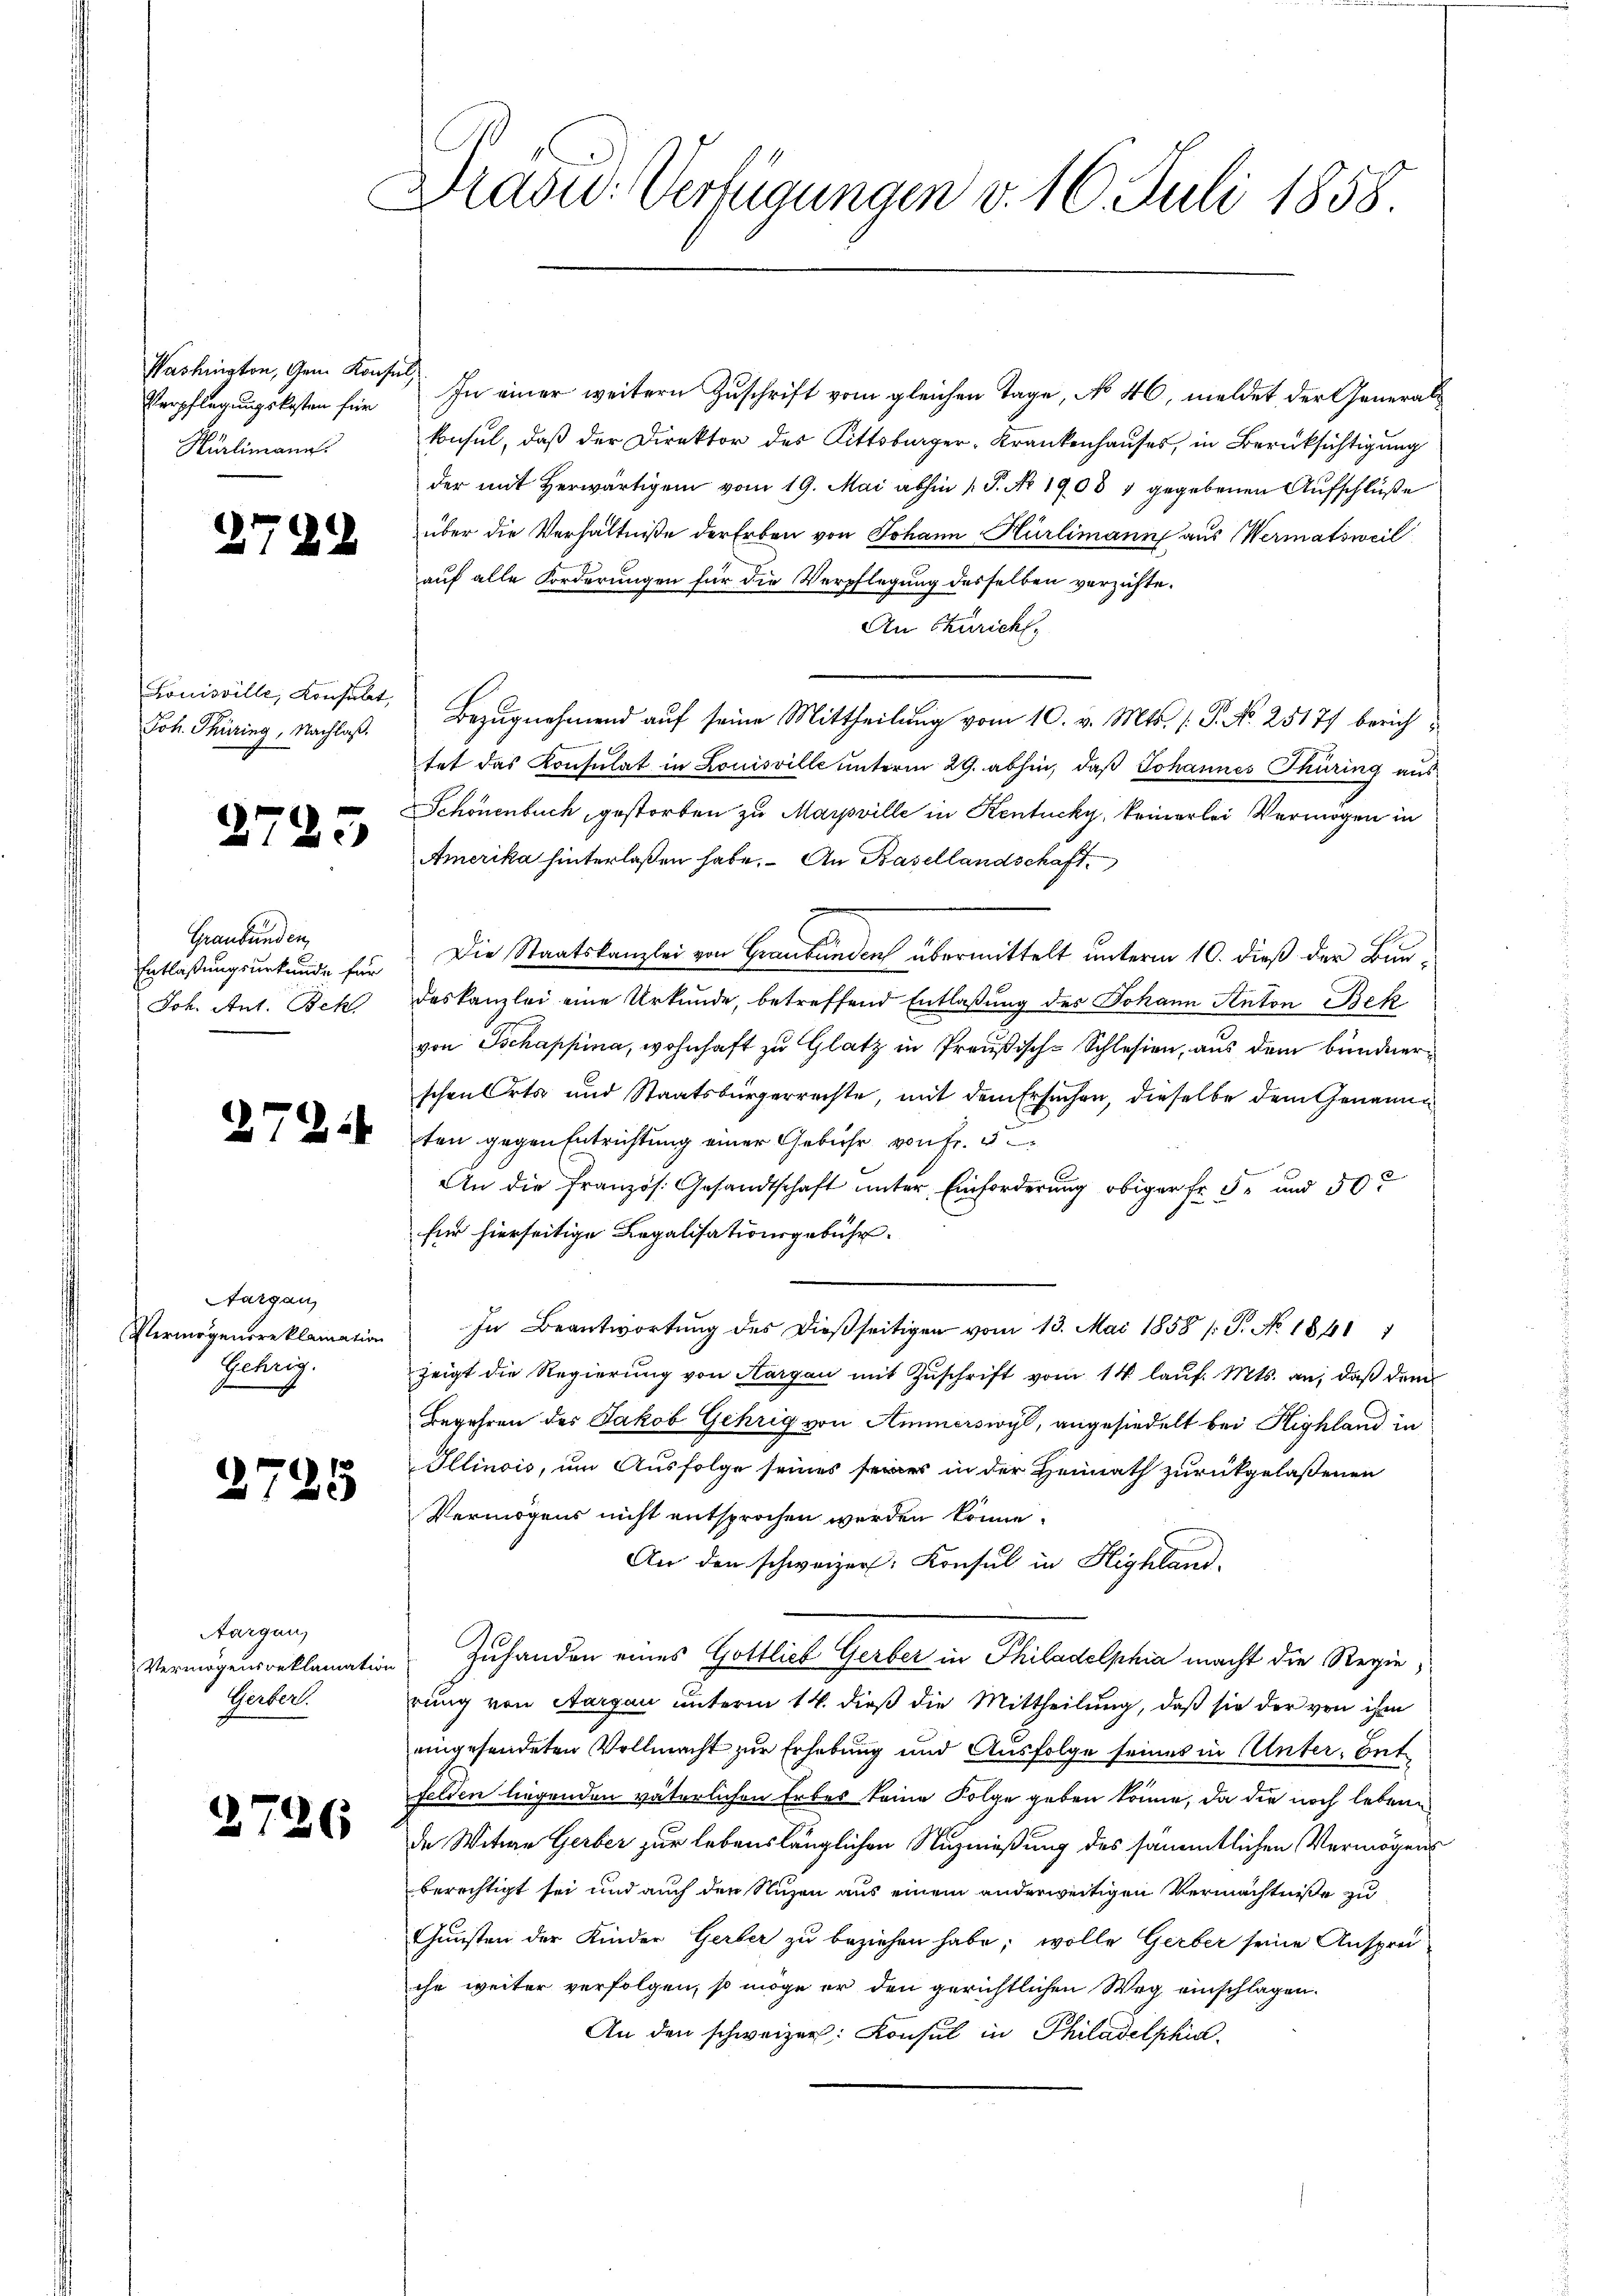
Washington, Gem Konsul,
Verpflegungskosten für
Hürlimann.

2784

Louisville, Konsulat,
Joh. Thüring, Nachlaß.

2785

Graubünden,
Entlaßungsurkunde für
Joh. Ant. Beh

Aargau
Vermögensreklamation
Gehrig.

2725

Aargau,
Vermögensreklamation
Herbert.

2726

Drasu: Verfügungen v. 16. Juli 1858

In einer weitern Zuschrift vom gleichen Tage, No 46, meldet der Generalkonsul, daß der Direktor des Rittsbürger-Krankenhauses, in Berücksichtigung
der mit herwärtigem vom 19. Mai abhin 1. P. Nr. 1908 1 gegebenen Aufschlüße
über die Verhältniße der Erben von Johann Hürlimann aus Wermatsweil
auf alle Forderungen für die Verpflegung desselben verzichte¬
An Züricht,
Bezugnahmend auf seine Mittheilung vom 10. v. Mts. (: P. No. 25177 berichtet das Konsulat in Louisville unterm 29. abhin, daß Johannes Thüring aus
Schönenbuch, gestorben zu Marpville in Kentucky, keinerlei Vermögen in
Amerika hinterlaßen habe. An Basellandschaft,
Die Staatskanzlei von Graubünden übermittelt unterm 10. dieß der Bundeskanzlei eine Urkunde, betreffend Entlaßung des Johann Anton Bek
von Tschappina, wohnhaft zu Glatz in Preußisch-Schlesien, aus dem bundner
schen Orts und Staatsbürgerrechte, mit dem Ersuchen, dieselbe dem Genann
2 ten gegen Entrichtung einer Gebühr von Fr. 3
An die Französ. Gesandtschaft unter Einforderung obiger Fr. 5. und 50
für hierseitige Legalisationsgebühr.
In Beantwortung des dießseitigen vom 13. Mai 1858 /: J. No. 1861
zeigt die Regierung von Aargau mit Zuschrift vom 14. lauf. Mts. an, daß dem
Begehren des Jakob Gehrig von Ammerswyl, angesiedelt bei Highland in
Illinois, um Ausfolge seines seines in der Heimath zurückgelaßenen
Vermögens nicht entsprochen werden könne.
An den schweizer. Konsul in Highland.
Zuhanden eines Gottlieb Gerber in Philadelphia macht die Regierung von Aargau unterm 14. dieß die Mittheilung, daß sie der von ihm
eingesendeten Vollmacht zur Erhebung und Ausfolge seines in Unter, bet
felden liegenden väterlichen Erbes keine Folge geben könne, da die noch lebene
de Witwe Gerber zur lebenslänglichen Nuzmüßung des sämmtlichen Vermögens
berechtigt sei und auch den Nuzen aus einem anderweitigen Vermächtniße zu
Gunsten der Kinder Gerber zu beziehen habe; wolle Gerber seine Anspre-
ihr weiter verfolgen, so möge er den gerichtlichen Weg einschlagen.
An den schweizer: Konsul in Philadelphia